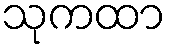
သုကထာ